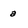
Character: a